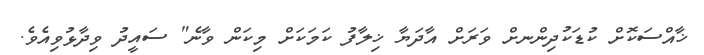
ޚާއްސަކޮށް ކުޑަކުދިންނށް ވަރަށް އާދަޔާ ޚިލާފު ކަމަކަށް މިކަން ވާނެ" ސައީދު ވިދާޅުވިއެވެ.